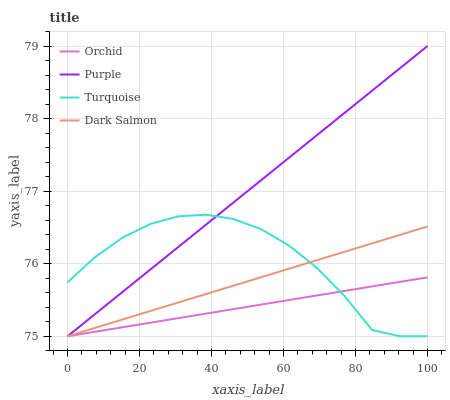
| xaxis_label | Orchid | Purple | Turquoise | Dark Salmon |
 | --- | --- | --- | --- | --- |
 | 0 | 75 | 75 | 75.7 | 75 |
 | 7.69 | 75.1 | 75.3 | 76.1 | 75.1 |
 | 15.4 | 75.1 | 75.6 | 76.4 | 75.2 |
 | 23.1 | 75.2 | 75.9 | 76.6 | 75.3 |
 | 30.8 | 75.2 | 76.2 | 76.7 | 75.5 |
 | 38.5 | 75.3 | 76.5 | 76.7 | 75.6 |
 | 46.2 | 75.4 | 76.8 | 76.6 | 75.7 |
 | 53.8 | 75.4 | 77.2 | 76.5 | 75.8 |
 | 61.5 | 75.5 | 77.5 | 76.3 | 75.9 |
 | 69.2 | 75.6 | 77.8 | 75.9 | 76 |
 | 76.9 | 75.6 | 78.1 | 75.6 | 76.2 |
 | 84.6 | 75.7 | 78.4 | 75.1 | 76.3 |
 | 92.3 | 75.7 | 78.7 | 75 | 76.4 |
 | 100 | 75.8 | 79 | 75 | 76.5 |